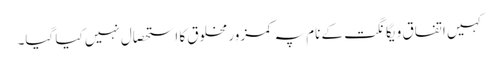
کہیں اتفاق و یگانگت کے نام پہ کمزور مخلوق کا استحصال نہیں کیا گیا۔